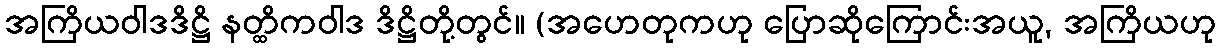
အကြိယဝါဒဒိဋ္ဌိ နတ္ထိကဝါဒ ဒိဋ္ဌိတို့တွင်။ (အဟေတုကဟု ပြောဆိုကြောင်းအယူ, အကြိယဟု